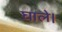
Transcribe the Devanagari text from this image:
घाले।